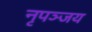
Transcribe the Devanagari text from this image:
नृपञ्जय